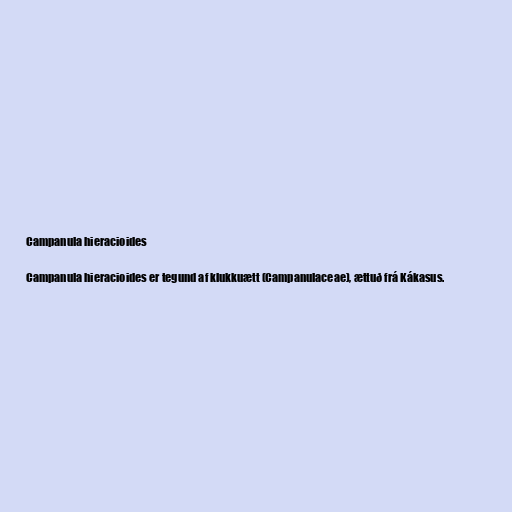
Campanula hieracioides

Campanula hieracioides er tegund af klukkuætt (Campanulaceae), ættuð frá Kákasus.